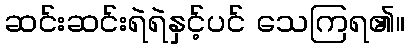
ဆင်းဆင်းရဲရဲနှင့်ပင် သေကြရ၏။